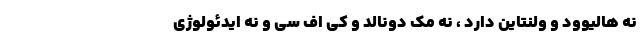
نه هالیوود و ولنتاین دارد ، نه مک دونالد و کی اف سی و نه ایدئولوژی